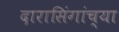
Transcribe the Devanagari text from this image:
दारासिंगांच्या